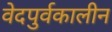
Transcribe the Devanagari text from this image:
वेदपुर्वकालीन